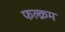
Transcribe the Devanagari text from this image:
फल्क्रम